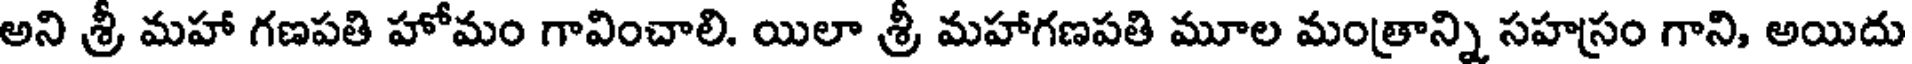
అని శ్రీ మహా గణపతి హోమం గావించాలి. యిలా శ్రీ మహాగణపతి మూల మంత్రాన్ని సహస్రం గాని, అయిదు